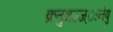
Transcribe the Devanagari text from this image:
क्रतुमज्ज्ानेषु